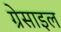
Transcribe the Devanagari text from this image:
ग्रेसाइल